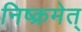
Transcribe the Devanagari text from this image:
निष्क्रमेत्